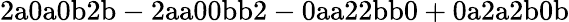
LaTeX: \mathrm{2a0a0b2b-2aa00bb2-0aa22bb0+0a2a2b0b}